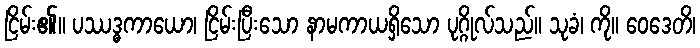
ငြိမ်း၏။ ပဿဒ္ဓကာယော၊ ငြိမ်းပြီးသော နာမကာယရှိသော ပုဂ္ဂိုလ်သည်။ သုခံ၊ ကို။ ဝေဒေတိ၊